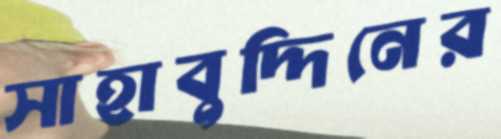
সাহাবুদ্দিনের